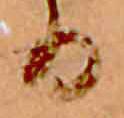
る